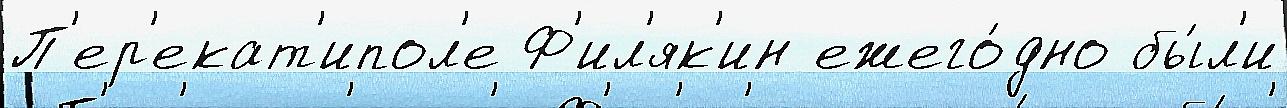
П'ер'екат'ипол'е Ф'ил'як'ин ежего́дно бы́л'и